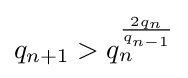
q_{n+1}>q_{n}^{\frac {2q_{n}}{q_{n-1}}}